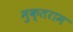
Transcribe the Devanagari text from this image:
मुक्तराम